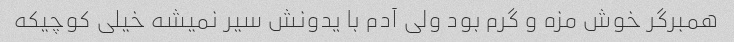
همبرگر خوش مزه و گرم بود ولی آدم با یدونش سیر نمیشه خیلی کوچیکه